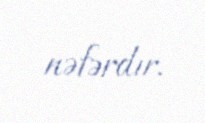
nəfərdır.